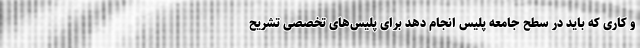
و کاری که باید در سطح جامعه پلیس انجام دهد برای پلیس‌های تخصصی تشریح